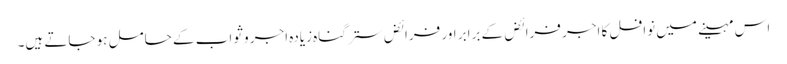
اس مہینے میں نوافل کا اجر فرائض کے برابر اور فرائض ستر گناہ زیادہ اجر و ثواب کے حامل ہو جاتے ہیں۔